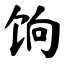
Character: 饷